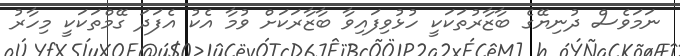
ނަމަވެސް ދުނިޔޭގެ ބާޒާރުތަކަކީ ހުޅުވިފައިވާ ބާޒާރަކަށް ވުމާ އެކު އެފަދަ ގޭމްތަކަކީ މިހާރު